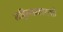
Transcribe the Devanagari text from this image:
साहित्यप्रकाराशी